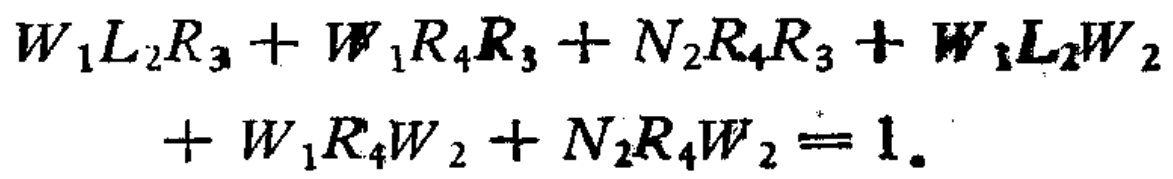
\[

\begin{align*}

W_{1}L_{2}R_{3}+W_{1}R_{4}R_{3}+N_{2}R_{4}R_{3}+W_{1}L_{2}W_{2}\\+W_{1}R_{4}W_{2}+N_{2}R_{4}W_{2}&=1.

\end{align*}

\]